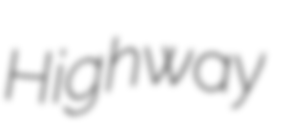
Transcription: Highway